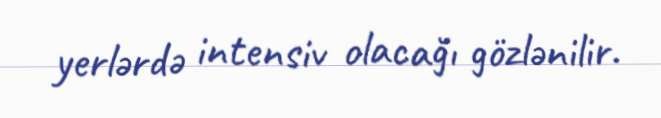
yerlərdə intensiv olacağı gözlənilir.